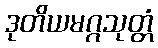
ဒုတိယမဂ္ဂသုတ္တံ